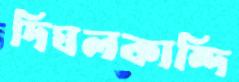
দিঘলকান্দি